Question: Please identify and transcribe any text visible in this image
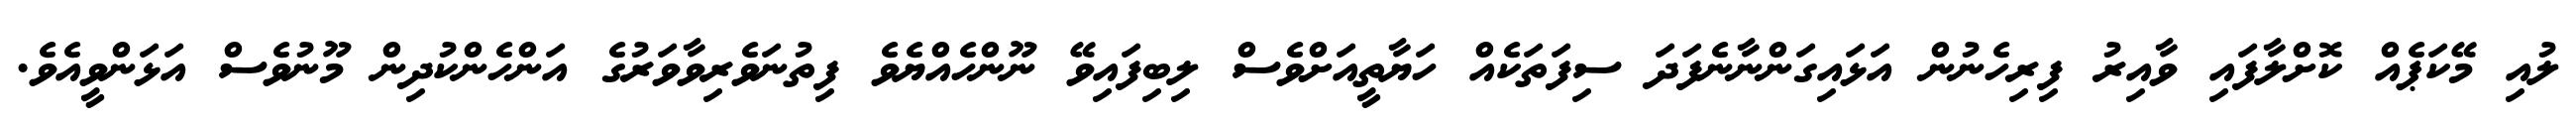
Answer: ލުއި މޭކަޕެއް ކޮށްލާފައި ވާއިރު ފިރިހެނުން އަޅައިގަންނާނެފަދަ ސިފަތަކެއް ހަޔާތީއަށްވެސް ލިބިފައިވޭ ނޫންހެއްޔެވެ ފިތުނަވެރިވާވަރުގެ އަންހެންކުދިން މޫނުވެސް އަޅަންވީއެވެ.